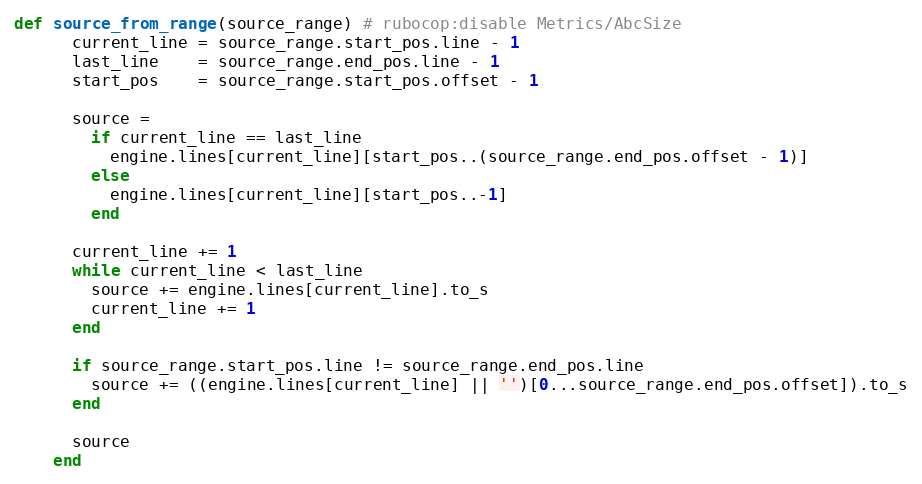
Language: Ruby
def source_from_range(source_range) # rubocop:disable Metrics/AbcSize
      current_line = source_range.start_pos.line - 1
      last_line    = source_range.end_pos.line - 1
      start_pos    = source_range.start_pos.offset - 1

      source =
        if current_line == last_line
          engine.lines[current_line][start_pos..(source_range.end_pos.offset - 1)]
        else
          engine.lines[current_line][start_pos..-1]
        end

      current_line += 1
      while current_line < last_line
        source += engine.lines[current_line].to_s
        current_line += 1
      end

      if source_range.start_pos.line != source_range.end_pos.line
        source += ((engine.lines[current_line] || '')[0...source_range.end_pos.offset]).to_s
      end

      source
    end